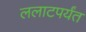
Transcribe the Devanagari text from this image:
ललाटपर्यंत